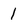
Character: I